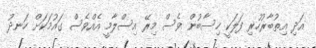
އަދި އިތުބާރުހުރި ފަލަކީ ހިސާބުން ވެސް މިރޭ އިސްލާމީ އެއްވެސް ގައުމަކަށް ހަނދު